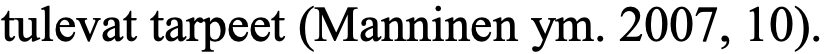
tulevat tarpeet (Manninen ym. 2007, 10).